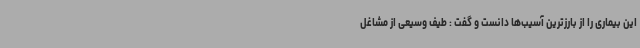
این بیماری را از بارزترین آسیب‌ها دانست و گفت : طیف وسیعی از مشاغل